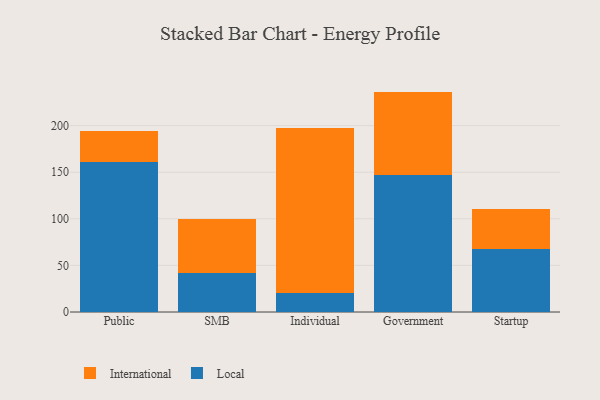
{"axis": {"x": "Segment", "y": "Population (Million)"}, "legend": ["International", "Local"], "data": [{"x": "Public", "y": 161.0, "type": "Local"}, {"x": "Public", "y": 33.3, "type": "International"}, {"x": "SMB", "y": 41.9, "type": "Local"}, {"x": "SMB", "y": 58.1, "type": "International"}, {"x": "Individual", "y": 20.9, "type": "Local"}, {"x": "Individual", "y": 176.8, "type": "International"}, {"x": "Government", "y": 147.5, "type": "Local"}, {"x": "Government", "y": 89.0, "type": "International"}, {"x": "Startup", "y": 67.7, "type": "Local"}, {"x": "Startup", "y": 43.1, "type": "International"}]}